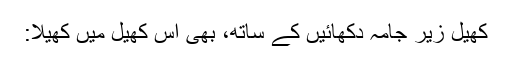
کھیل زیر جامہ دکھائیں کے ساتھ، بھی اس کھیل میں کھیلا: